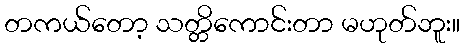
တကယ်တော့ သတ္တိကောင်းတာ မဟုတ်ဘူး။